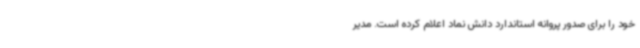
خود را برای صدور پروانه استاندارد دانش نماد اعلام کرده است. مدیر